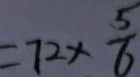
= 7 2 \times \frac { 5 } { 6 }